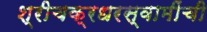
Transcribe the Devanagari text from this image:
श्रीचक्रधरस्वामींची